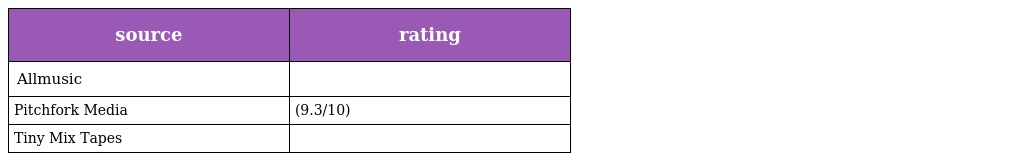
| source | rating |
 | --- | --- |
 | Allmusic |  |
 | Pitchfork Media | (9.3/10) |
 | Tiny Mix Tapes |  |